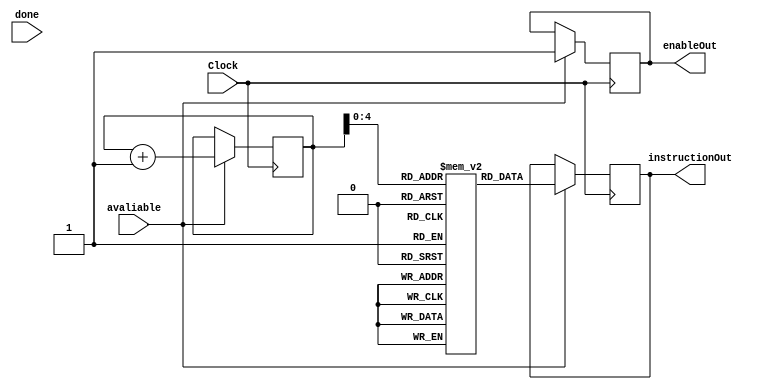
module IQ(
	input Clock, 
	output reg enableOut, 
	output reg[15:0] instructionOut, 
	input done, 
	input avaliable
);
	reg [15:0] PC1[31:0]; reg [15:0] count;
	
	// Inicializando instrues na fila:
	// ADD R3, R1, R2
	// SUB R5, R3, R1
	// ADD R5, R4, R6 [3-5]
	// MUL R6, R5, R4 [4-8]
	// MUL R2, R5, R3 [5-10]
	// SUB R6, R5, R4 [6-7]
	// ADD R6, R5, R5 [7-8]
  
	initial
		begin 
			count = 0;
			
			PC1[0]=16'b0000110010100000; 
			PC1[1]=16'b0001010110010001; 
			PC1[2]=16'b0001011001100000; 
			PC1[3]=16'b0001101011000100; 
			PC1[4]=16'b0000101010110100; 
			PC1[5]=16'b0001101011000001; 
			PC1[6]=16'b0001101011010000;
		end
		
		always @(posedge Clock)
			begin
				if(avaliable == 1'b1)
					begin
						instructionOut = PC1[count];
						enableOut = 1;
						count = count + 1;
				  end
			end
endmodule